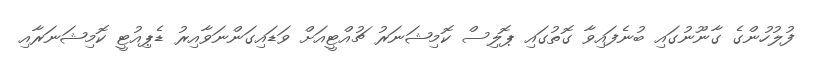
ފުލުހުންގެ ގާނޫނުގައި ބުނެފައިވާ ގޮތުގައި ޕޮލިސް ކޮމިޝަނަރު ޗުއްޓީއަށް ވަޑައިގަންނަވާއިރު ޑެޕިއުޓީ ކޮމިޝަނަރާއި